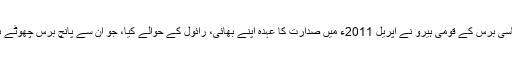
اٹھاسی برس کے قومی ہیرو نے اپریل 2011ء میںٕ صدارت کا عہدہ اپنے بھائی، رائول کے حوالے کیا، جو اُن سے پانچ برس چھوٹے ہیں۔